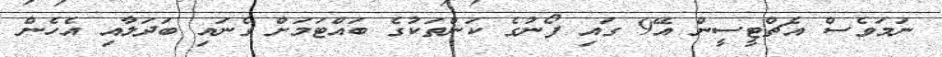
ނަމަވެސް އެޗްޓީސީން އޭ9 ގައި ފޯނުގެ ކަންތަކުގެ ބައްޓަމަށް ގެނައި ބަދަލާއި އެހެން